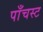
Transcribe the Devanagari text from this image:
पाँचस्ट